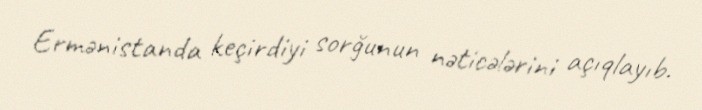
Ermənistanda keçirdiyi sorğunun nəticələrini açıqlayıb.